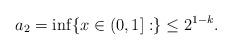
LaTeX: \begin{align*}a_2 = \inf\{ x\in (0,1] : \} \leq 2^{1-k}.\end{align*}